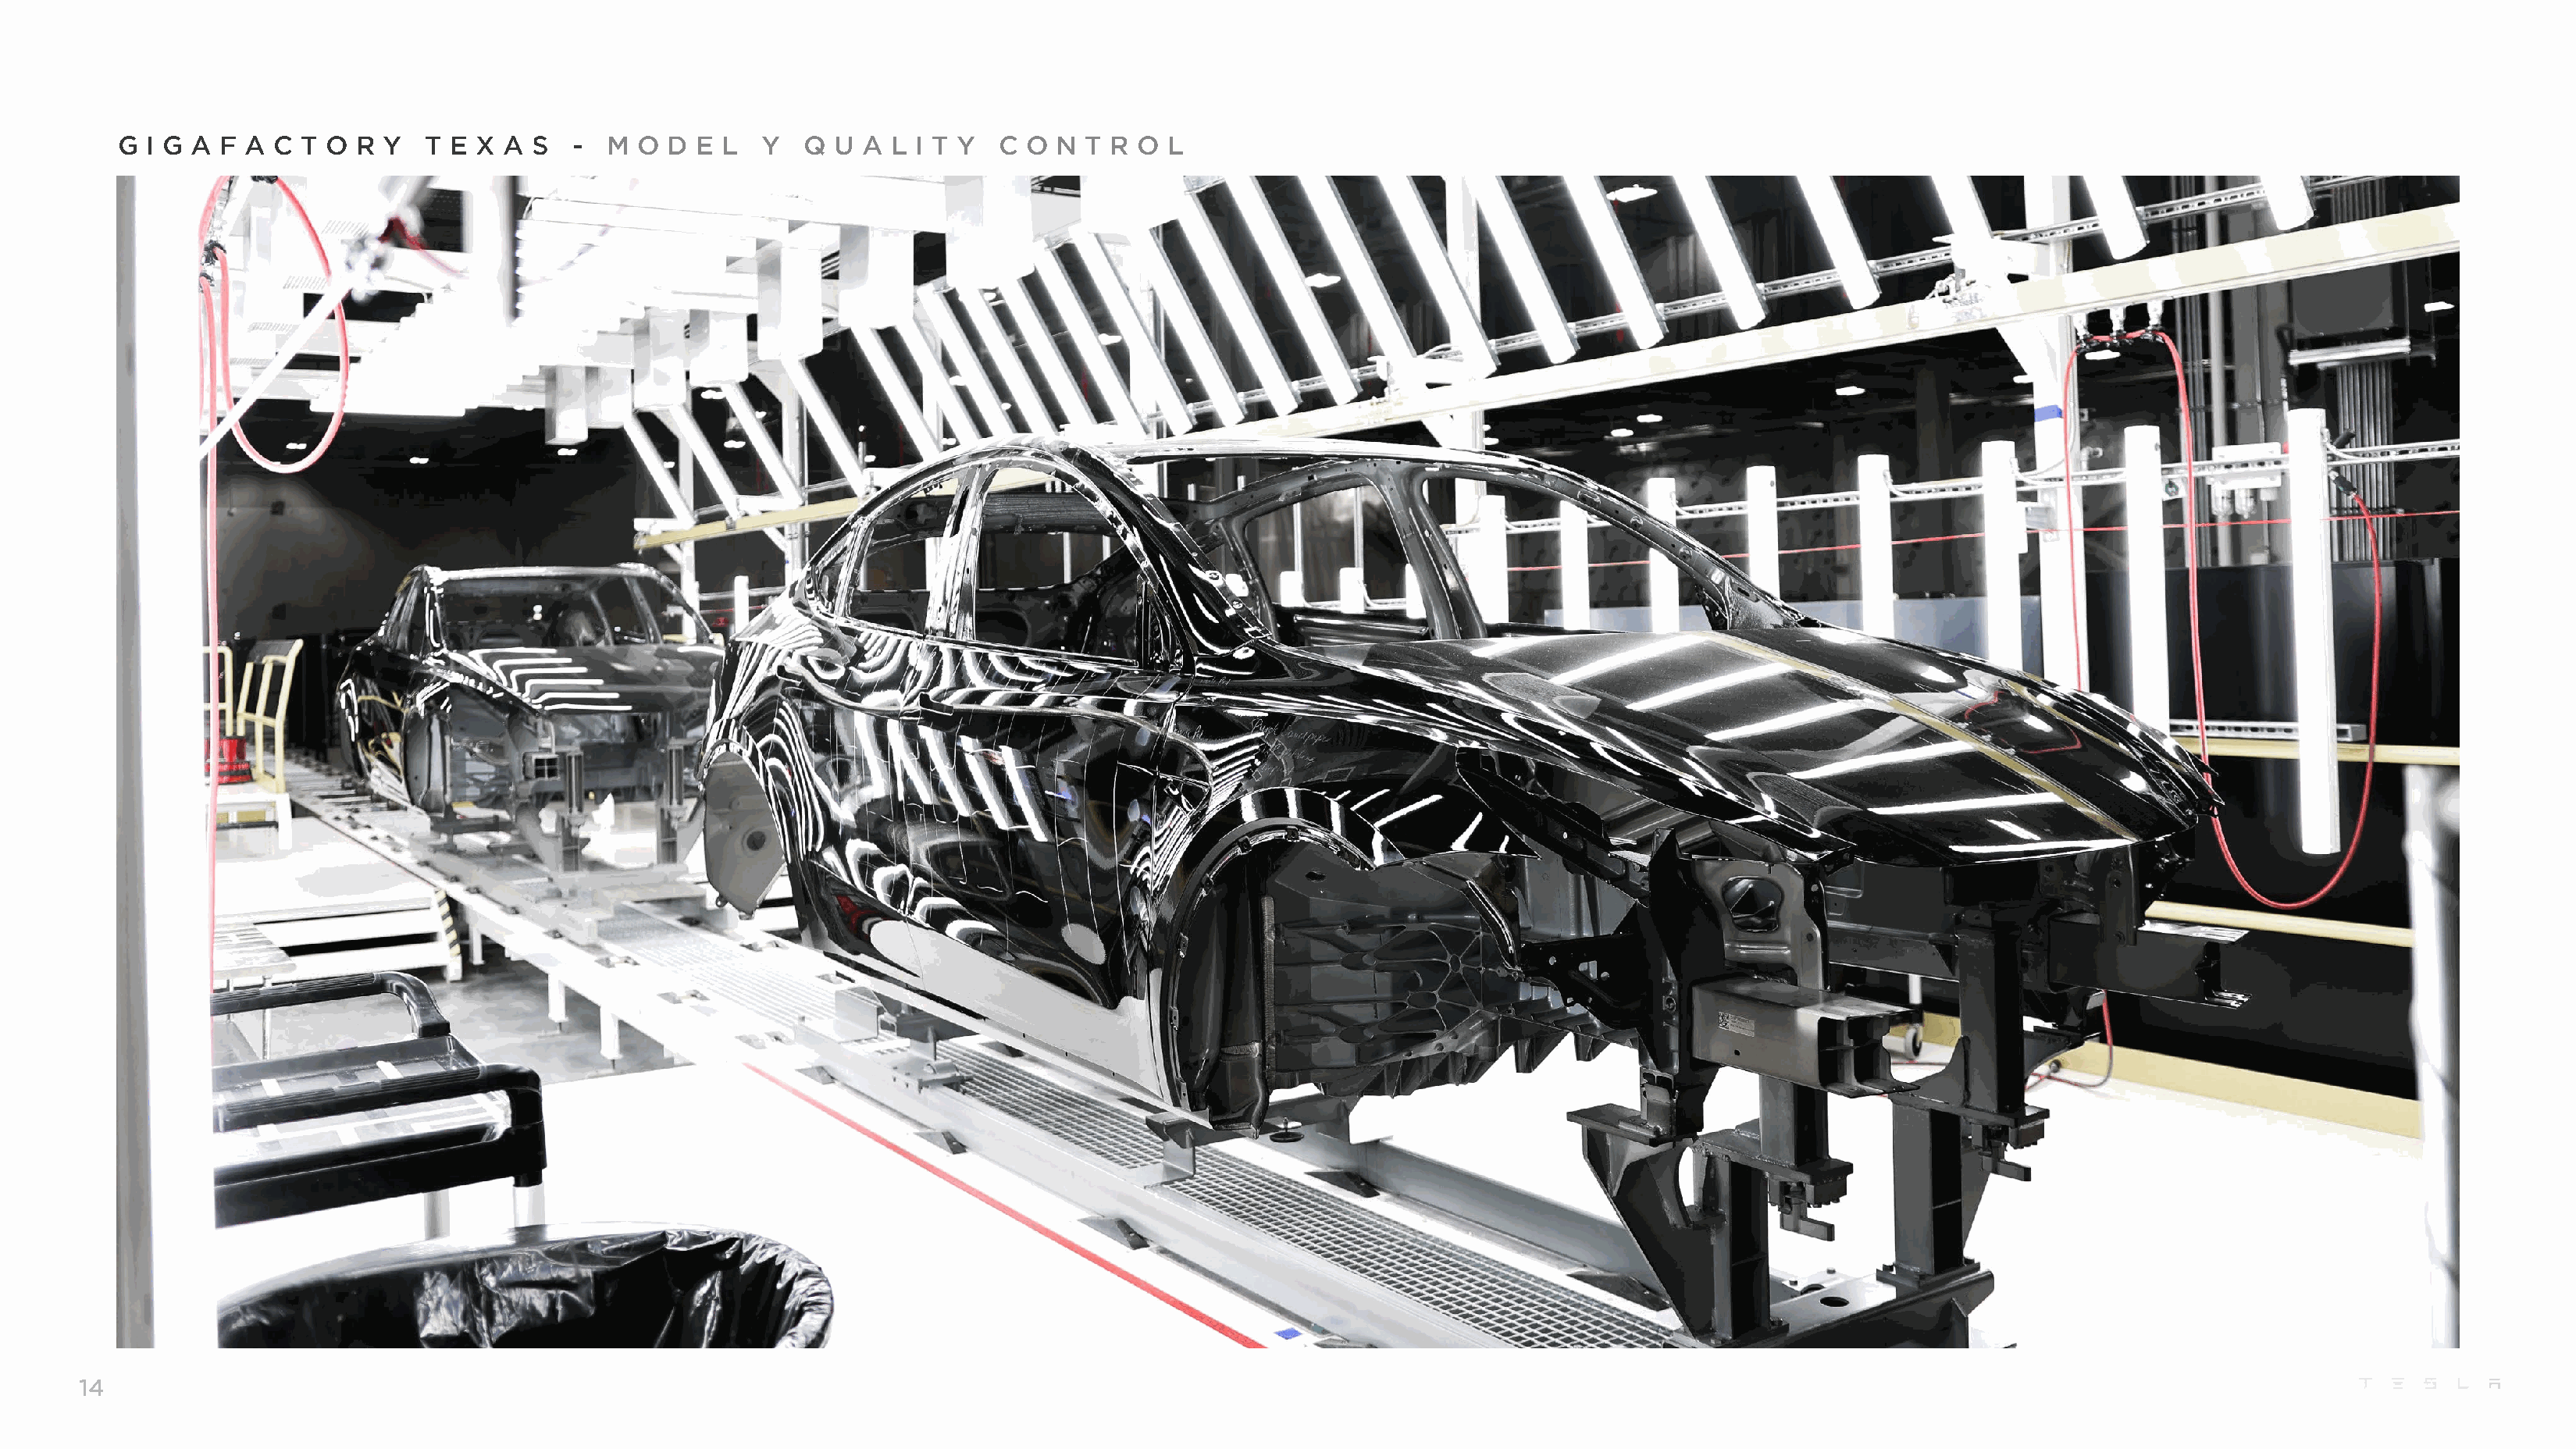
G I G A  F A C  T O R Y   T E X  A S   - M  O  D E L   Y  Q  U A  L I T Y  C O  N T R O  L
 14